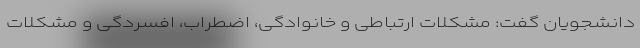
دانشجویان گفت: مشکلات ارتباطی و خانوادگی، اضطراب، افسردگی و مشکلات